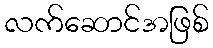
လက်ဆောင်အဖြစ်